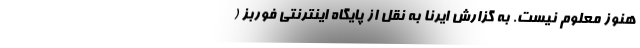
هنوز معلوم نیست. به گزارش ایرنا به نقل از پایگاه اینترنتی فوربز (